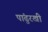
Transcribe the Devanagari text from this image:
पांढुरखी